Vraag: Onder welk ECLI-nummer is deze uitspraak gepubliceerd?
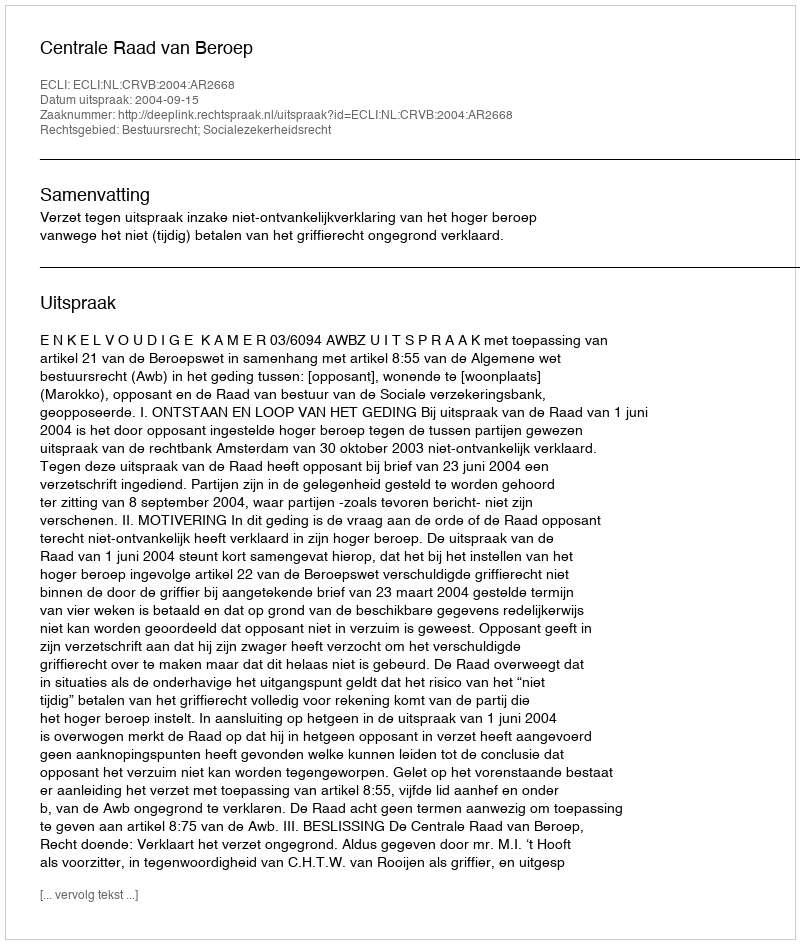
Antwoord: ECLI:NL:CRVB:2004:AR2668